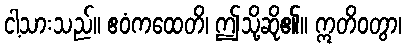
ငါ့သားသည်။ ဧဝံကထေတိ၊ ဤသို့ဆို၏။ ဣတိဝတွာ၊